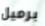
برميل